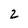
Character: 2